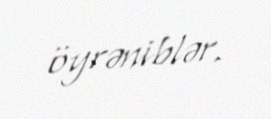
öyrəniblər.